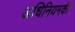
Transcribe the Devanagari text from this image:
अधिनियमकी